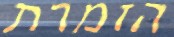
הזמרת